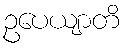
ဥပေယျာတိ